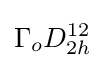
\Gamma _{o}D_{2h}^{12}